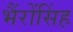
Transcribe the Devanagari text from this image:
भैंरोंसिंह